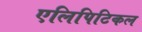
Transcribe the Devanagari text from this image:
एलिपिटिकल